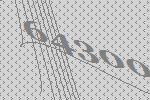
64300